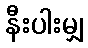
နီးပါးမျှ